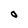
Character: 0